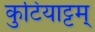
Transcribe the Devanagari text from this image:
कुटियाट्टम्